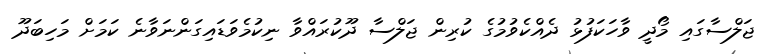
ޖަލްސާގައި މޯދީ ވާހަކަފުޅު ދެއްކެވުމުގެ ކުރިން ޖަލްސާ ދޫކުރައްވާ ނިކުމެވަޑައިގަންނަވާނެ ކަމަށް މަހިބަދޫ